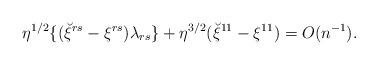
LaTeX: \begin{align*}\eta^{1/2}\{(\breve\xi^{rs}-\xi^{rs})\lambda_{rs}\}+\eta^{3/2}(\breve\xi^{11}-\xi^{11})=O(n^{-1}).\end{align*}